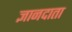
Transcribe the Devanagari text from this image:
ज्ञानदाता